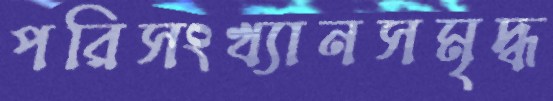
পরিসংখ্যানসমৃদ্ধ